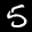
Label: 5